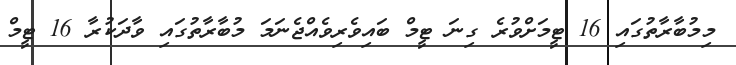
މިމުބާރާތުގައި 16 ޓީމަށްވުރެ ގިނަ ޓީމް ބައިވެރިވެއްޖެނަމަ މުބާރާތުގައި ވާދަކުރާ 16 ޓީމް